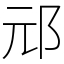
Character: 邧